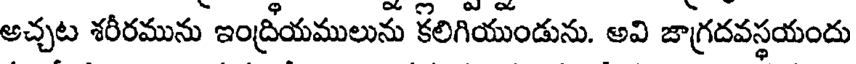
అచ్చట శరీరమును ఇంద్రీయములును కలిగియుండును. అవి జాగ్రదవస్థయందు